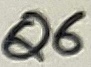
Text: Q6